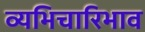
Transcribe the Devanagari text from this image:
व्यभिचारिभाव